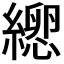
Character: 𦃕